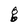
Character: g